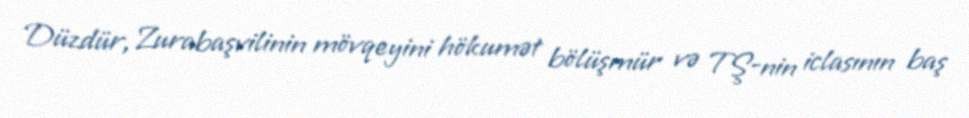
Düzdür, Zurabaşvilinin mövqeyini hökumət bölüşmür və TŞ-nin iclasının baş